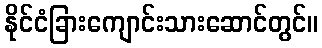
နိုင်ငံခြားကျောင်းသားဆောင်တွင်။